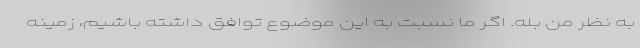
به نظر من بله‌. اگر ما نسبت به این موضوع توافق داشته باشیم، زمینه